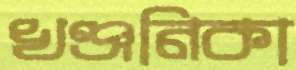
খঞ্জনিকা